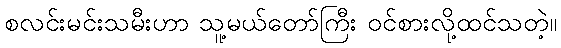
စလင်းမင်းသမီးဟာ သူ့မယ်တော်ကြီး ဝင်စားလို့ထင်သတဲ့။